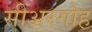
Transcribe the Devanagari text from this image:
सीअरगोह